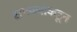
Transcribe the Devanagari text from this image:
सगळ्यांकडून